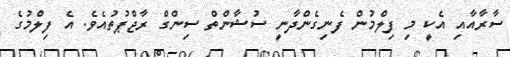
ސާރާއާއި އެކީ މި ފިލްމުން ފެނިގެންދާނީ ސުޝާންތް ސިންގް ރާޖްޕުތުއެވެ. އެ ފިލްމުގެ